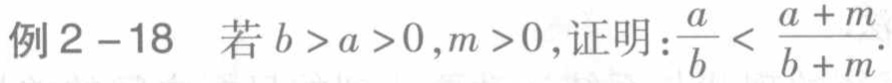
例2 - 18 若\(b > a > 0,m > 0\)，证明：\(\frac{a}{b} < \frac{a + m}{b + m}\)